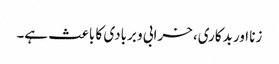
زنا اور بدکاری، خرابی و بربادی کا باعث ہے۔